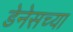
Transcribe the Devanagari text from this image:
डेनेसच्या